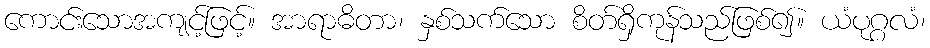
ကောင်းသောအကျင့်ဖြင့်။ အာရာဓိတာ၊ နှစ်သက်သော စိတ်ရှိကုန်သည်ဖြစ်၍။ ယံပုဂ္ဂလံ၊